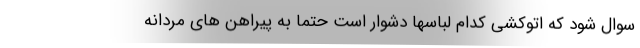
سوال شود که اتوکشی کدام لباسها دشوار است حتما به پیراهن های مردانه